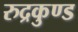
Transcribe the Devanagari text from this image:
रुद्रकुण्ड